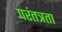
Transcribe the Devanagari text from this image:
परंतत्रता